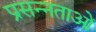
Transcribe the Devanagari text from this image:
प्रसन्नताओं